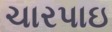
ચારપાઇ